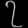
Digit: ၇